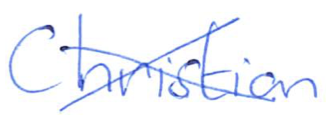
Text: Christian
Cross-out: cross
Writing tool: ballpoint